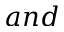
a n d